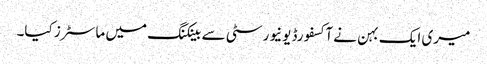
میری ایک بہن نے آکسفورڈ یونیورسٹی سے بینکنگ میں ماسٹرز کیا۔